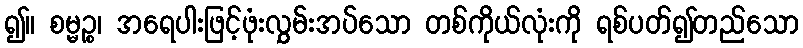
၍။ စမ္မဉ္စ၊ အရေပါးဖြင့်ဖုံးလွှမ်းအပ်သော တစ်ကိုယ်လုံးကို ရစ်ပတ်၍တည်သော